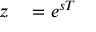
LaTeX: \begin{array} { r l } { z } & { { } = e ^ { s T } } \end{array}